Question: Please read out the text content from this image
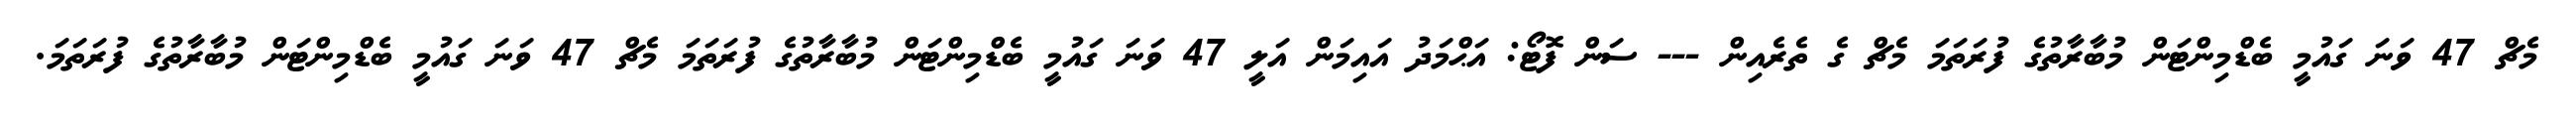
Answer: މެޗް 47 ވަނަ ގައުމީ ބެޑްމިންޓަން މުބާރާތުގެ ފުރަތަމަ މެޗް ގެ ތެރެއިން --- ސަން ފޮޓޯ: އަޙްމަދު އައިމަން އަލީ 47 ވަނަ ގައުމީ ބެޑްމިންޓަން މުބާރާތުގެ ފުރަތަމަ މެޗް 47 ވަނަ ގައުމީ ބެޑްމިންޓަން މުބާރާތުގެ ފުރަތަމަ.